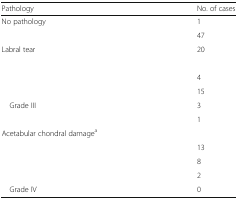
<table><thead><tr><td><b>Pathology</b></td><td><b>No. of cases</b></td></tr></thead><tbody><tr><td>No pathology</td><td>1</td></tr><tr><td>[EMPTY_CELL]</td><td>47</td></tr><tr><td>Labral tear</td><td>20</td></tr><tr><td colspan="2">[EMPTY_CELL]</td></tr><tr><td>[EMPTY_CELL]</td><td>4</td></tr><tr><td>[EMPTY_CELL]</td><td>15</td></tr><tr><td> Grade III</td><td>3</td></tr><tr><td>[EMPTY_CELL]</td><td>1</td></tr><tr><td colspan="2">Acetabular chondral damage<sup>a</sup></td></tr><tr><td>[EMPTY_CELL]</td><td>13</td></tr><tr><td>[EMPTY_CELL]</td><td>8</td></tr><tr><td>[EMPTY_CELL]</td><td>2</td></tr><tr><td> Grade IV</td><td>0</td></tr></tbody></table>